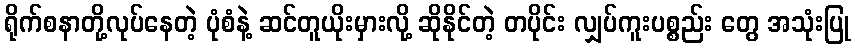
ရိုက်စနာတို့လုပ်နေတဲ့ ပုံစံနဲ့ ဆင်တူယိုးမှားလို့ ဆိုနိုင်တဲ့ တပိုင်း လျှပ်ကူးပစ္စည်း တွေ အသုံးပြု